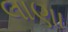
લાણા